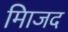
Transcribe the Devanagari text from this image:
मािजद